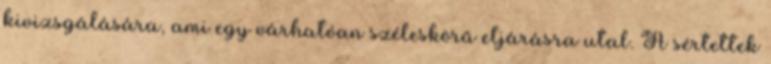
kivizsgálására, ami egy várhatóan széleskörű eljárásra utal. A sértettek